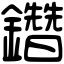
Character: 𨯩